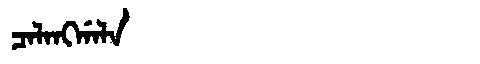
Manchu: ᠴᠠᠯᠠᠩᡤᠠᠯᠠ
Romanization: CALANGGALA